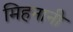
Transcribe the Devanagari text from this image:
मिहनानी